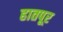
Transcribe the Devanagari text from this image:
हातपूर